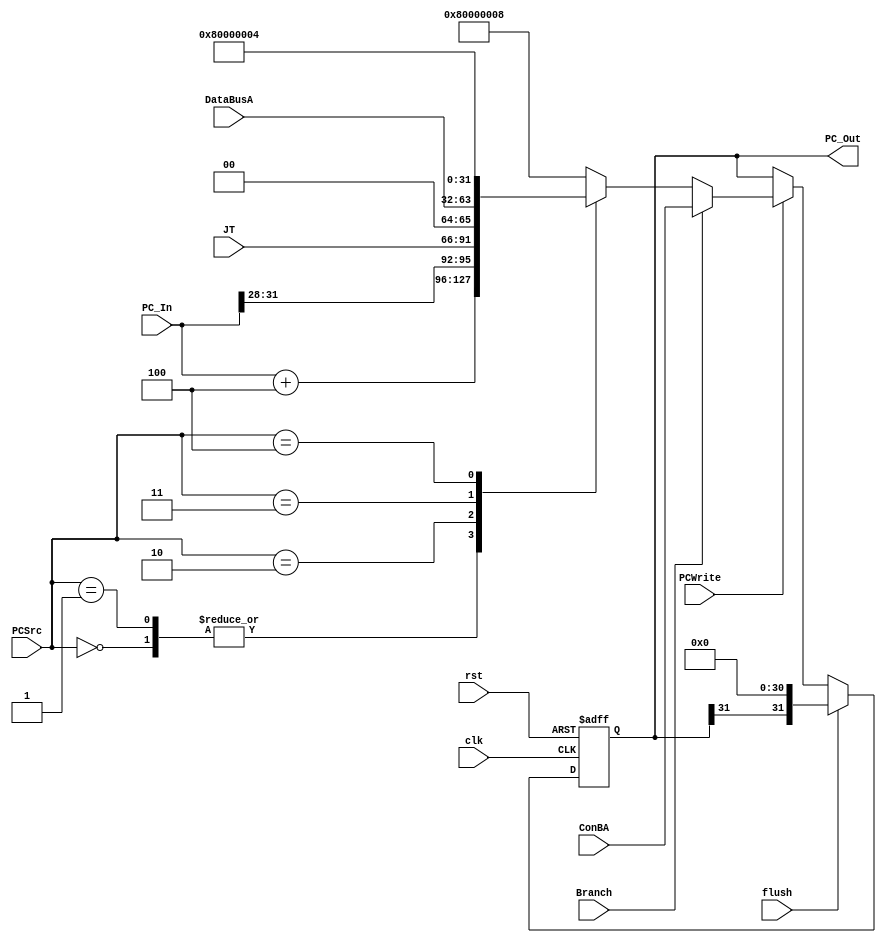
module IF(
    input clk, rst, flush,
    input [31:0] PC_In,
    input [2:0] PCSrc, 
    input PCWrite, 
        Branch, 
    input [31:0] ConBA, 
        DataBusA, 
    input [25:0] JT, 
    output reg [31:0] PC_Out
);
    always @(posedge clk or posedge rst) begin
        if (rst) begin
            PC_Out <= 0;
        end else if(flush)
            PC_Out <= {PC_Out[31], {31{1'b0}}};
        else if (PCWrite) begin
            if(Branch) begin
                PC_Out <= ConBA;
            end else case (PCSrc)                //PCSrc
                3'h0: PC_Out <= PC_In+32'h4; //PC_In = PC
                3'h1: PC_Out <= PC_In+32'h4;
                3'h2: PC_Out <= {PC_In[31:28], JT, 2'b0};
                3'h3: PC_Out <= DataBusA; // jr jalr $Ra
                3'h4: PC_Out <= 32'h8000_0004; // ILLOP
                3'h5: PC_Out <= 32'h8000_0008; // XADR
                default: PC_Out <= 32'h8000_0008;
            endcase
        end else
            PC_Out <= PC_Out; 
        end
endmodule